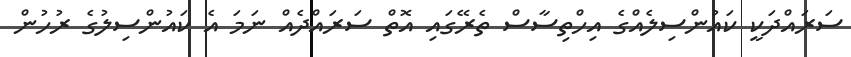
ސަރައްދަކީ ކައުންސިލެއްގެ އިހްތިސާސް ތެރޭގައި އޮތް ސަރައްދެއް ނަމަ އެ ކައުންސިލުގެ ރުހުން